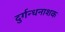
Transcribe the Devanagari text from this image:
दुर्गन्धनाशक